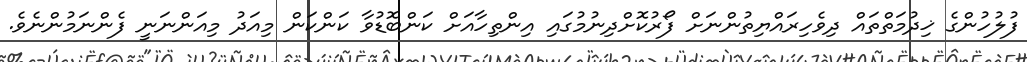
ފުލުހުންގެ ޚިދުމަތްތައް ދިވެހިރައްޔިތުންނަށް ފޯރުކޮށްދިނުމުގައި އިންތިހާއަށް ކަންބޮޑުވާ ކަންކަން މިއަދު މިއަންނަނީ ފެންނަމުންނެވެ.